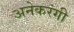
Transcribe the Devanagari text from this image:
अनेकरंगी